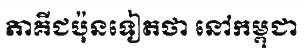
ភាគីជប៉ុនទៀតថា នៅកម្ពុជា